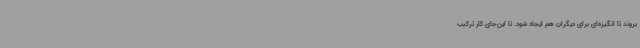
بروند تا انگیزه‌ای برای دیگران هم ایجاد شود. تا این‌جای کار ترکیب